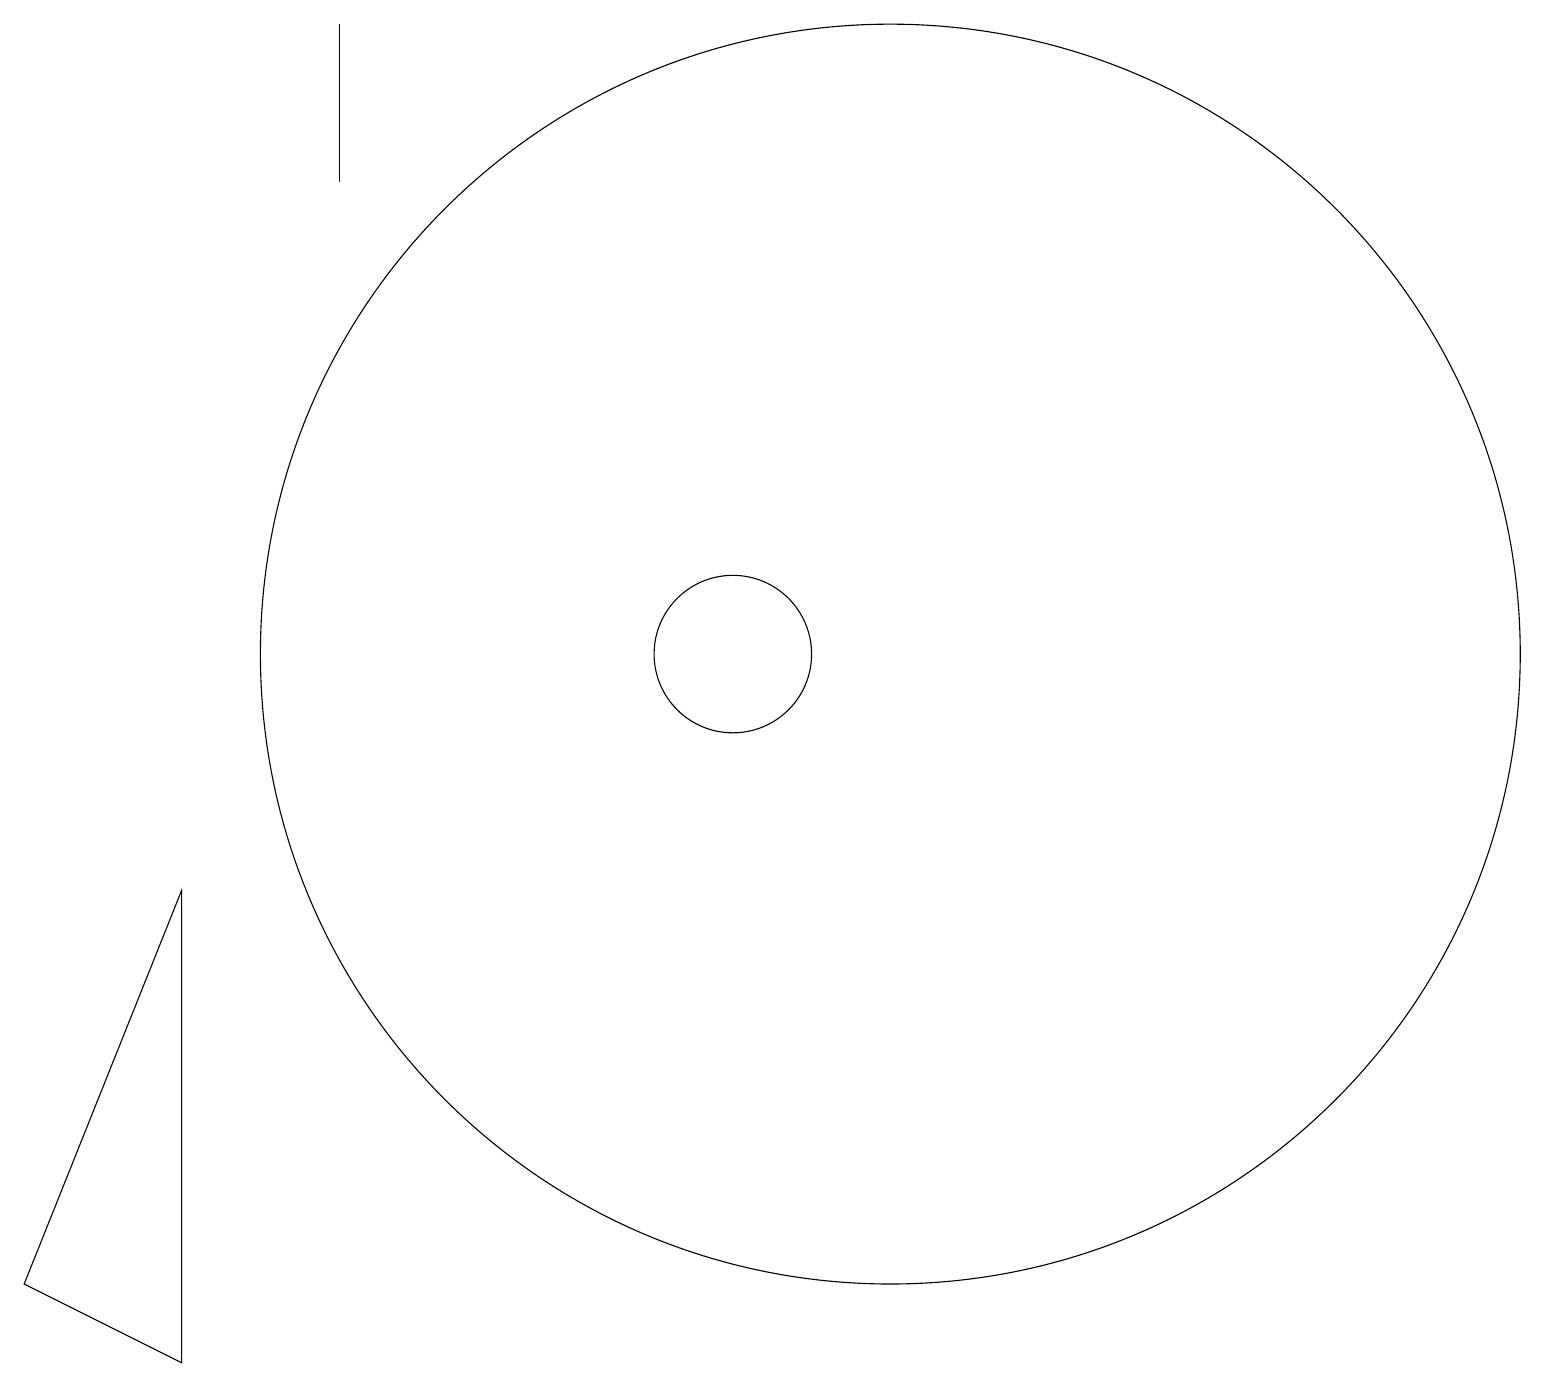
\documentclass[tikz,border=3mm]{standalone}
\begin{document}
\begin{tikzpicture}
\draw (12,10) circle (0);
\draw (1,2) -- (3,1) -- (3,7) -- cycle;
\draw (5,18) rectangle (5,16);
\draw (10,10) circle (1);
\draw (12,10) circle (8);
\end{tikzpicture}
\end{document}